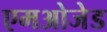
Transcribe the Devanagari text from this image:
एमओजेड